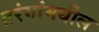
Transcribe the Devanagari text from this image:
तरंगांमधील